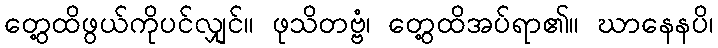
တွေ့ထိဖွယ်ကိုပင်လျှင်။ ဖုသိတဗ္ဗံ၊ တွေ့ထိအပ်ရာ၏။ ဃာနေနပိ၊